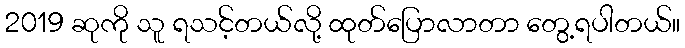
2019 ဆုကို သူ ရသင့်တယ်လို့ ထုတ်ပြောလာတာ တွေ့ရပါတယ်။